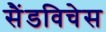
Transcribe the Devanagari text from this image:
सैंडविचेस